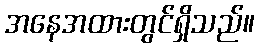
အနေအထားတွင်ရှိသည်။